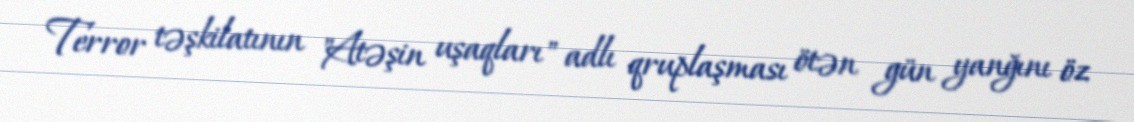
Terror təşkilatının "Atəşin uşaqları" adlı qruplaşması ötən gün yanğını öz